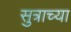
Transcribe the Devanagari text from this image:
सुत्राच्या